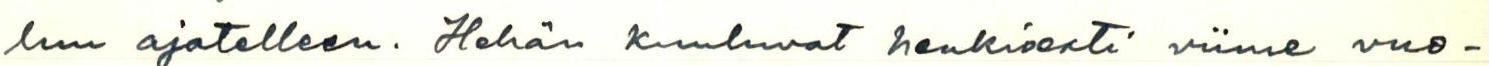
luu ajatelleen. Hehän kuuluvat henkisesti viime vuo-